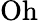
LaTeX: \mathrm{Oh}